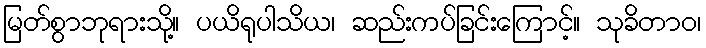
မြတ်စွာဘုရားသို့။ ပယိရုပါသိယ၊ ဆည်းကပ်ခြင်းကြောင့်။ သုခိတာဝ၊